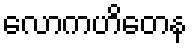
လောကဟိတေန